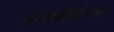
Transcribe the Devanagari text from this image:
घुसखोरांच्या